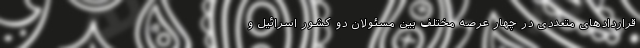
قراردادهای متعددی در چهار عرصه مختلف بین مسئولان دو کشور اسرائیل و